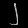
Digit: ၂